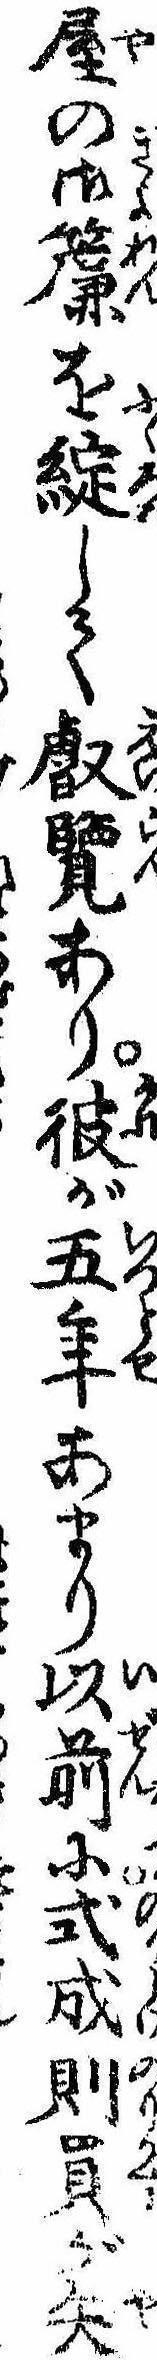
屋の御簾を綻して叡覧あり彼が五年あまり以前に式成則員が矢